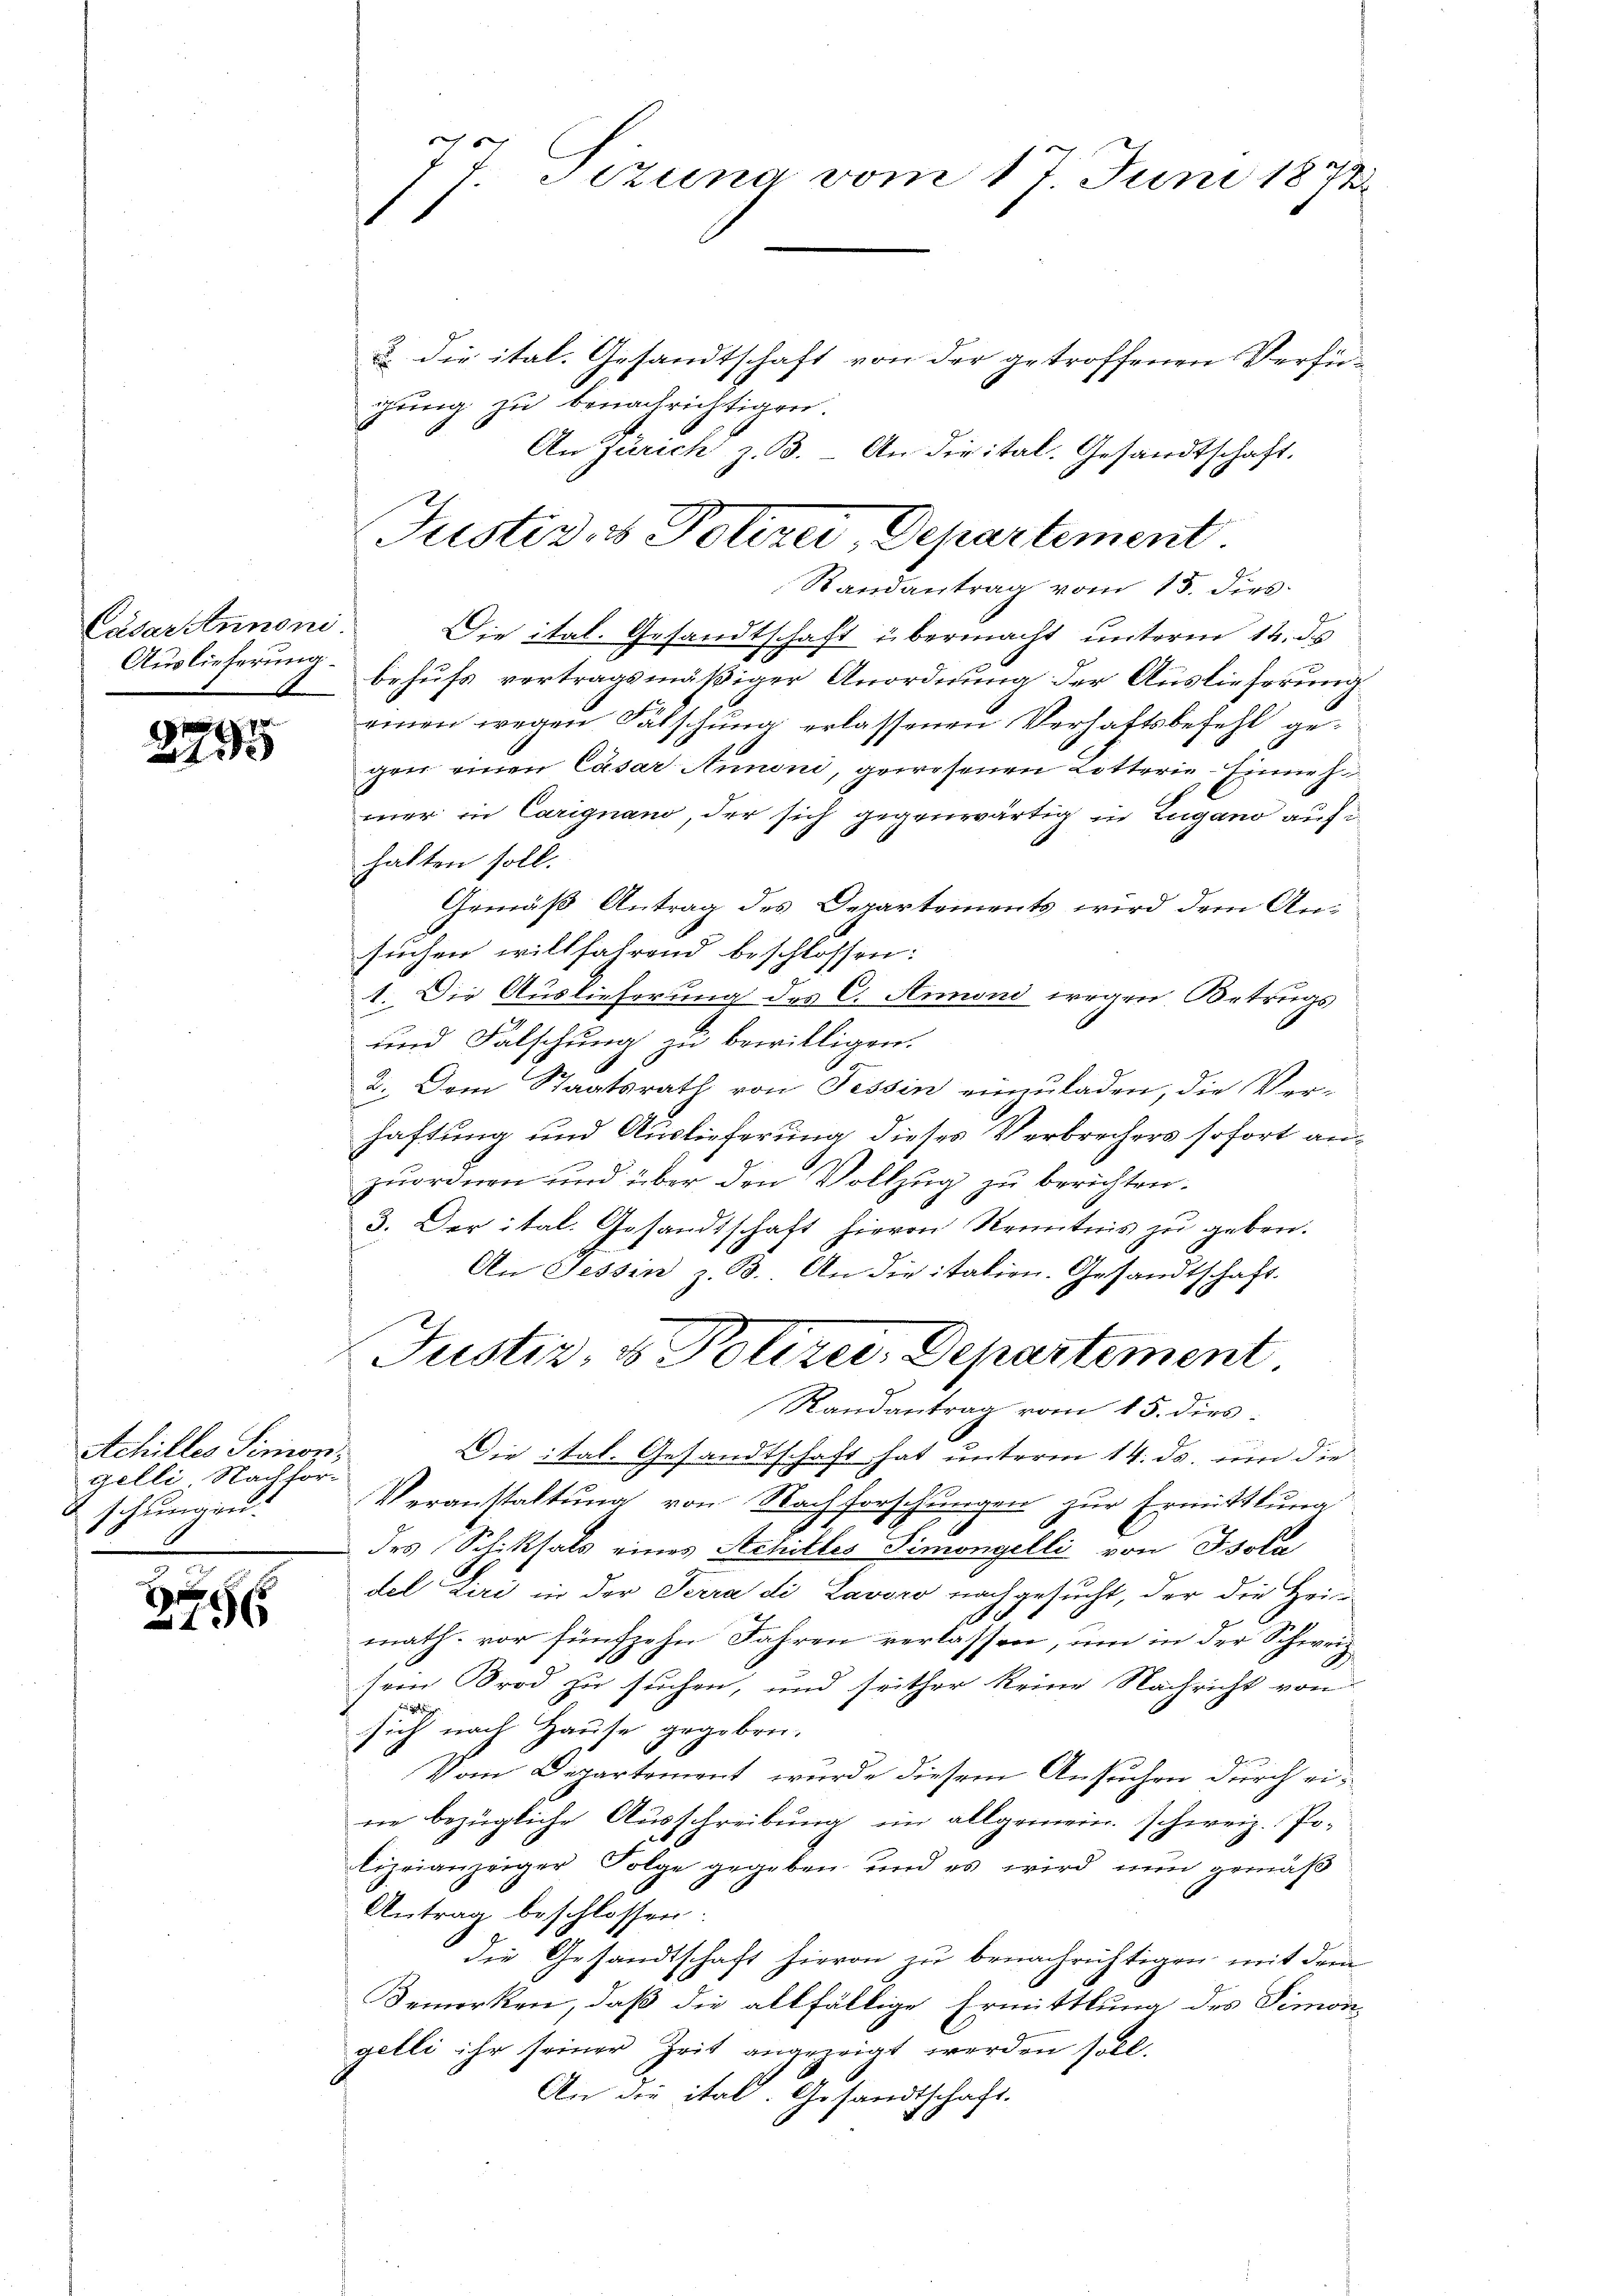
Cäsarztnnoni
Auslieferung

t
a

1

Achilles Simonigelli Nachfor-
schungen.
u

H

u. die ital. Gesandtschaft von der getroffenen Verfügung zu benachrichtigen.
An Zürich z. B. An die ital. Gesandtschaft,
Randantrag vom 15. dies
Die ital. Gesandtschaft übermacht unterm 14. ds
 behufs vertragsmäßiger Anordnung der Auslieferung
einen wegen Fälschung erlassenen Verhaftsbefehl gegen einen Cäsar Annoni, gewesenen Lotterie-Einnahmer in Carignano, der sich gegenwärtig in Zugano aufhalten soll.
Gemäß Antrag des Departements wird dem Ansuchen willfahrend beschlossen:
1. Die Auslieferung des C. Armond wegen Betrugs
und Falschung zu bewilligen.
2. Dem Staatsrath von Tessin einzuladen, die Ver-
haftung und Auslieferung dieses Verbrechers sofort anzuordnen und über den Vollzug zu berichten.
3. Der ital. Gesandtschaft hievon Kenntnis zu geben.
An Tessin z. B. An die italien. Gesandtschaft.
Justiz & Polizei. Departement
Randantrag vom 15. dies
Die ital. Gesandtschaft hat unterm 14. ds. um die
Veranstaltung von Nachforschungen zur Ermittlung
des Schiksals eines Achilles Simongelli von Isola
del Liri in der Terra di Lavoro nachgesucht, der die Heimath vor fünfzehn Jahren verlassen, um in der Schweiz.
sem Brod zu suchen, und seither keine Nachricht von
sich nach Hause gegeben.
Vom Departement, wurde diesem Ansuchen durch eine bezügliche Ausschreibung im allgemein schweiz. Polizeianzeiger Folge gegeben und es wird nun gemäß
Antrag beschlossen:
die Gesandtschaft hievon zu benachrichtigen, mit dem
Bemerken, daß die allfällige Ermittlung des Simon
gelli ihr seiner Zeit angewigt werden soll.
An die ital. Gesandtschaft.

|
T. Szuna vom 17 Juni 1872
1

Justiz- & Polizei, Departement